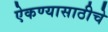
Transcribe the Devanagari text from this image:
ऐकण्यासाठीचे